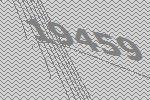
19459